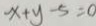
x + y - 5 = 0